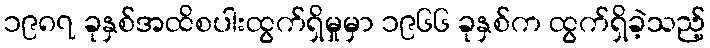
၁၉၈၇ ခုနှစ်အထိစပါးထွက်ရှိမှုမှာ ၁၉၆၆ ခုနှစ်က ထွက်ရှိခဲ့သည့်